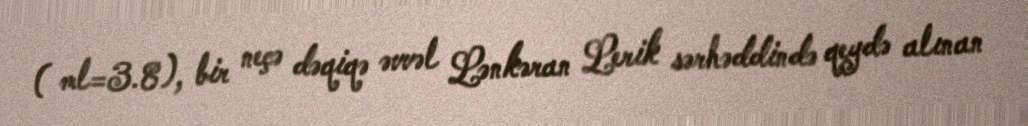
( ml=3.8), bir neçə dəqiqə əvvəl Lənkəran Lerik sərhəddində qeydə alınan